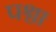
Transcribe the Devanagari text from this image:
पश्चा